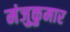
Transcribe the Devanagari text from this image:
मंजुकुमार